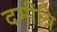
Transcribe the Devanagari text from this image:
दमीत्रि